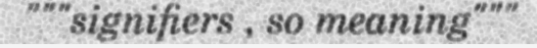
"""signifiers , so meaning"""